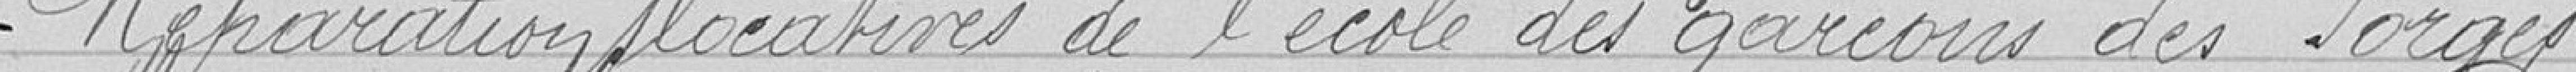
réparations locatives de l'école des garçons des Forges